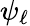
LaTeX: \psi_{\ell}